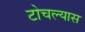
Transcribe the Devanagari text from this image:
टोचल्यास